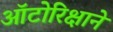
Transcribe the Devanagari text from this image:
ऑटोरिक्षाने